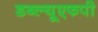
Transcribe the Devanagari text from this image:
डब्ल्यूएफपी